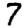
Digit: 7